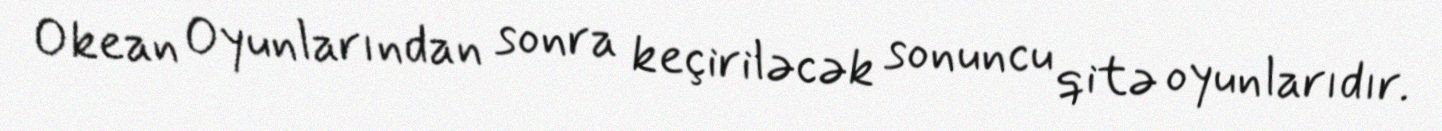
Okean Oyunlarından sonra keçiriləcək sonuncu qitə oyunlarıdır.